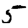
Digit: 5